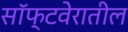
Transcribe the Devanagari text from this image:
सॉफ्टवेरातील